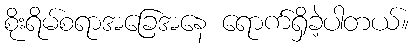
စိုးရိမ်စရာအခြေအနေ ရောက်ရှိခဲ့ပါတယ်။